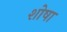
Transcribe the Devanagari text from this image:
शोषा